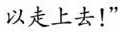
以走上去！”